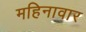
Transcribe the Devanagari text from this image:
महिनावार